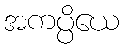
အကပ္ပိယေ